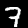
Digit: 7